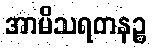
အာမိသရတနဉ္စ